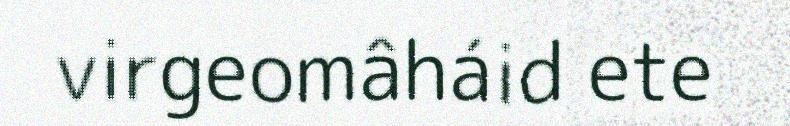
virgeomâháid ete